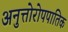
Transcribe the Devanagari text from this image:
अनुत्तोरोपपातिक